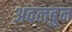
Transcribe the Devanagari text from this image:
अवलबुन